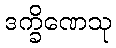
ဒက္ခိဏေသု